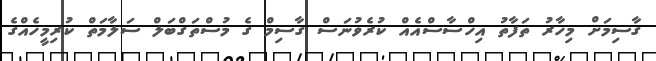
ގާސިމަށް މިހާރު ތަފާތު އިހްސާސްއެއް ކުރެވުނަސް ގާސިމް ގެ މުސްތަގްބަލް ސަލާމަތް ކުރިމީހެއްގެ